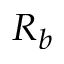
R _ { b }